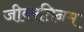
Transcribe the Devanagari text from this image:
जीवरतिनम